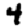
Digit: 4